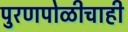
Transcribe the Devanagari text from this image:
पुरणपोळीचाही